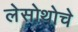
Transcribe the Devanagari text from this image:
लेसोथोचे